Kuressaare_kinnistusamet, lk 7
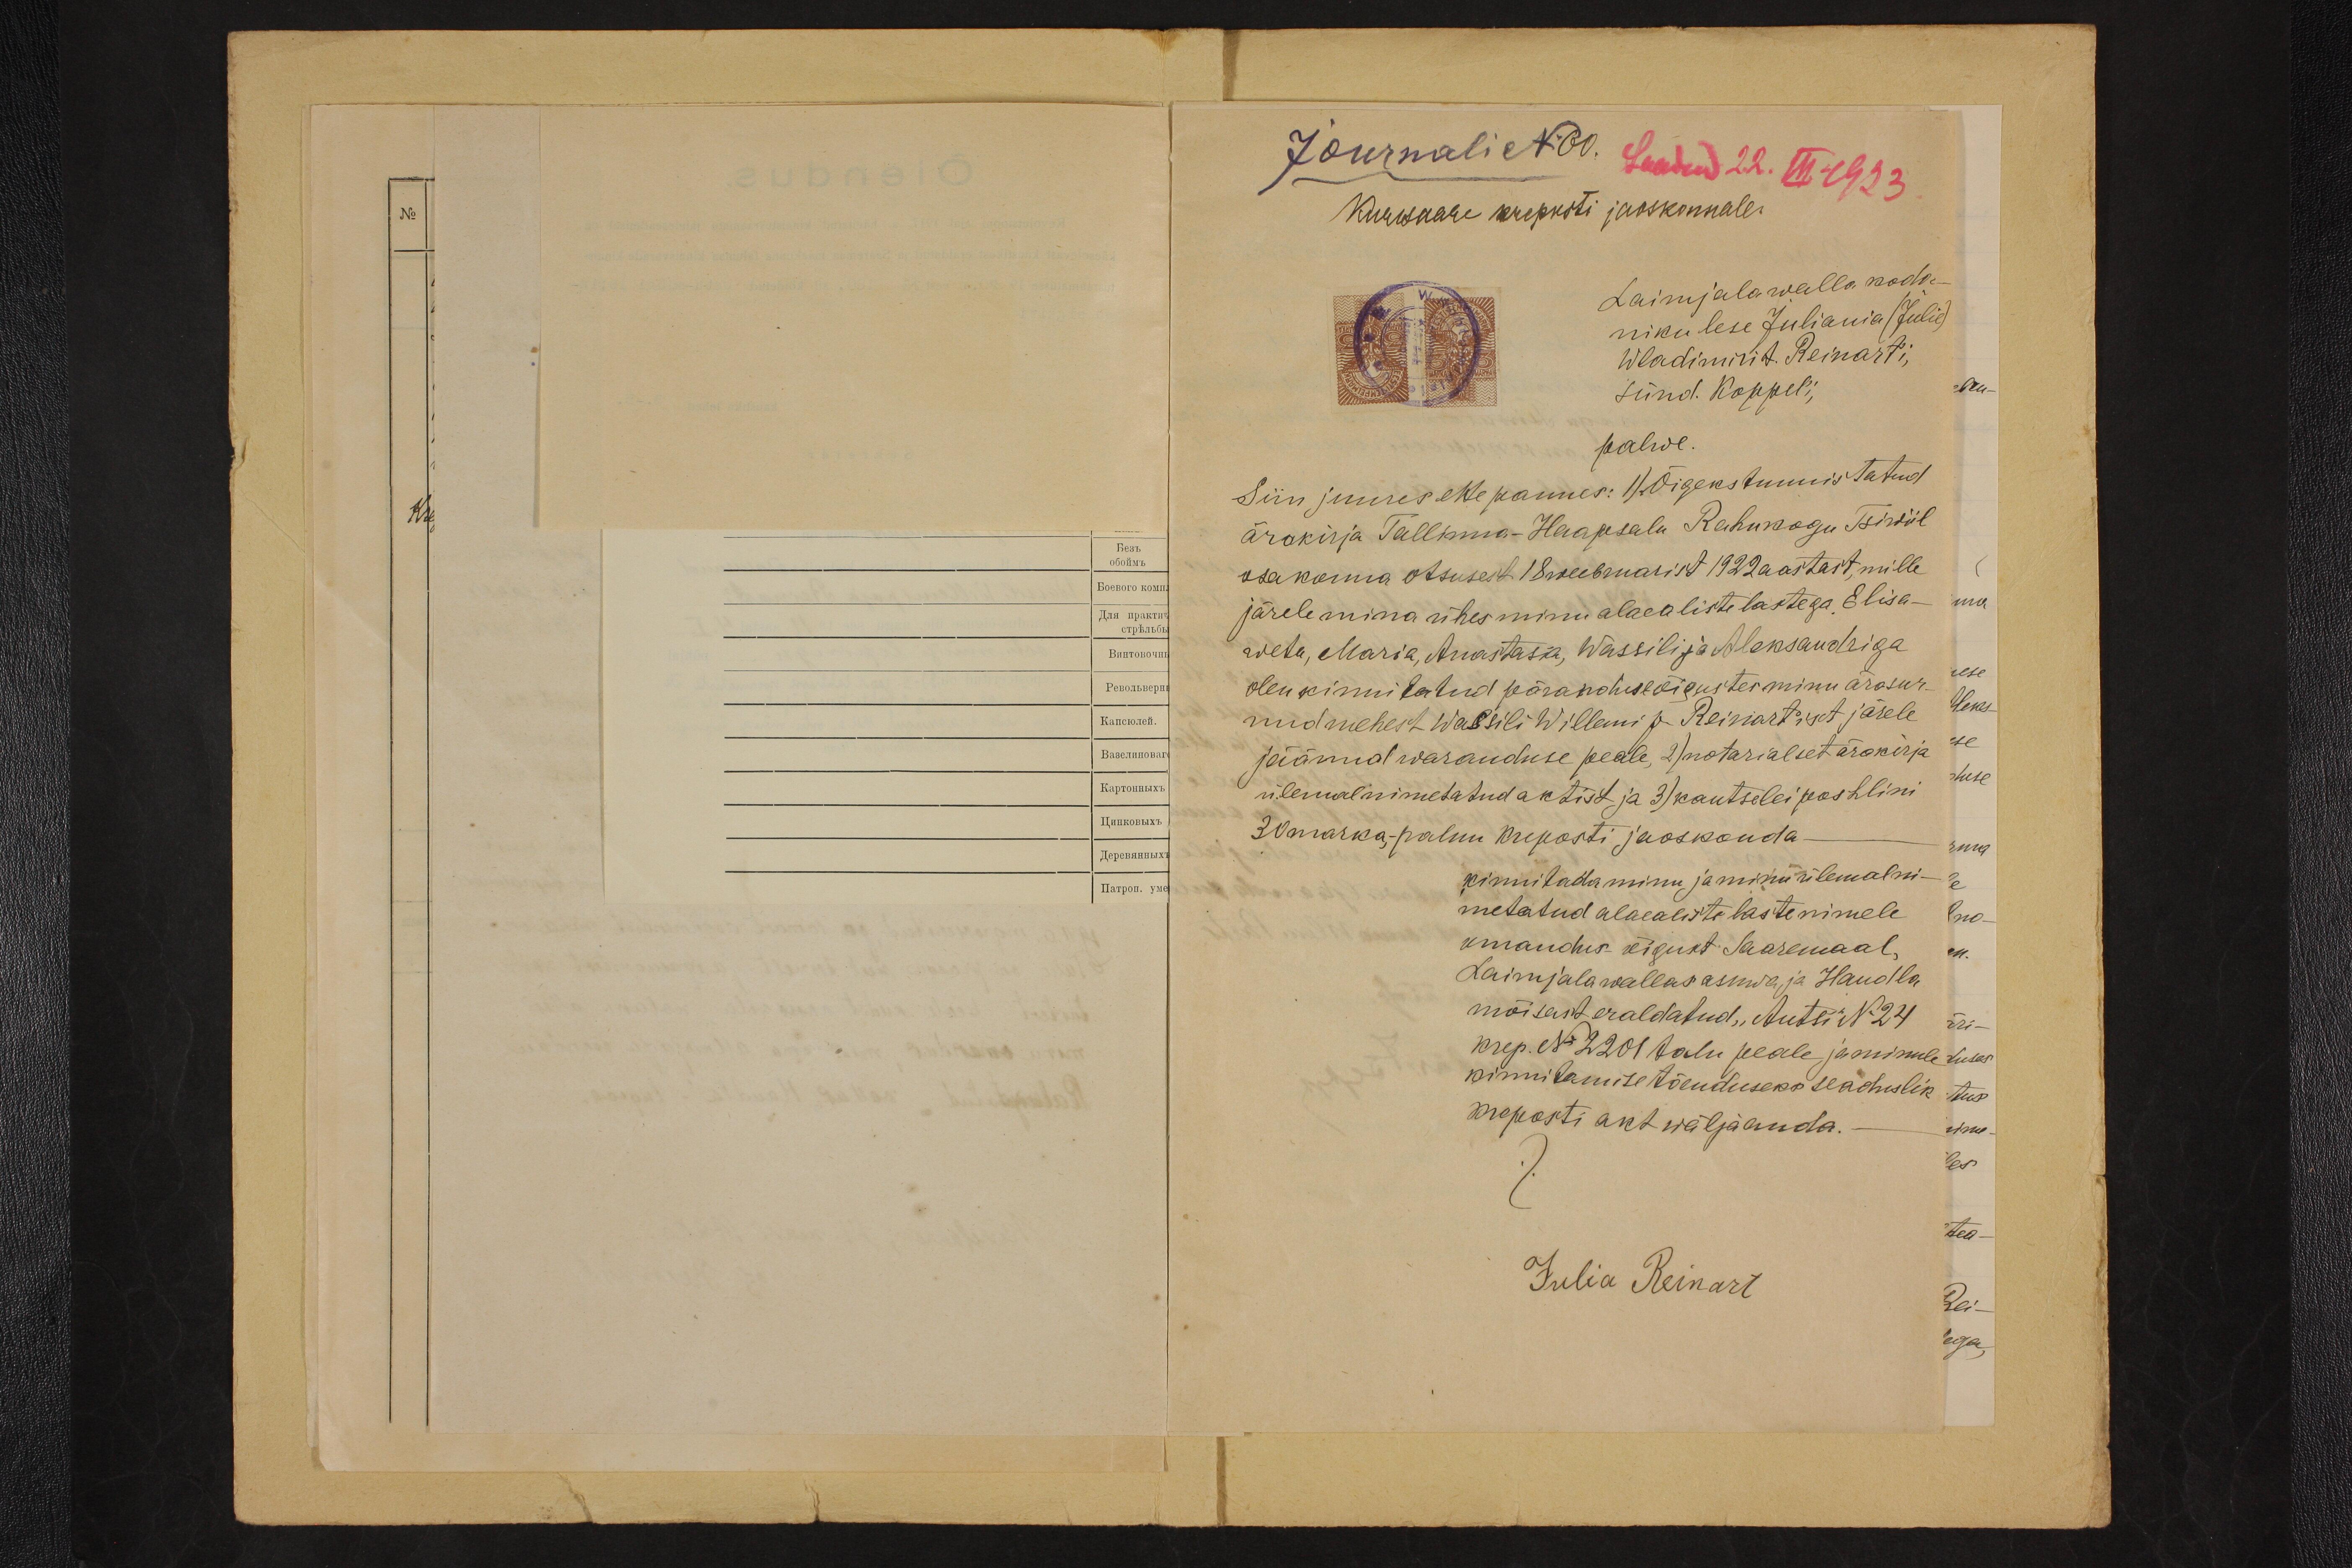
Journali No 60
Saadud 22. III-1923
Kuresaare kreposti jaoskonnale.

Laimjala walla koda-
niku lese Juliania (Julie)
Wladimiri t. Reinarti,
sünd. Koppel'i

palwe.

Siin juures ette pannes: 1)Õigekstunnistatud
ärakirja Tallinna-Haapsalu Rahukogu Tsiviil
osakonna otsusest 18 weebruarist 1922 aastast, mille
järele mina ühes minu alaealiste lastega. Elisa-
weta, Maria, Anastasia, Wassili ja Aleksandriga
olen kinnitatud päranduse õigustes minu ärasur-
nud mehest Wassili Willemi p. Reinart"ist järele
jäänud waranduse peale, 2)materialset ärakirja
ülewal nimetatud aktist ja 3) kantselei poshlini
30 marka - palun kreposti jaoskonda
kinnitada minu ja minu ülewalni-
metatud alaealiste laste nimele.
omandus-õigust Saaremaal,
Laimjala wallas asuwa ja Haudla
mõisast eraldatud, Autsi N-24
krep. No 2201 talu peale ja minule
kinnitamise tõenduseks seaduslik
kreposti akt wäljaanda.
Julia Reinart